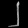
Digit: ၂